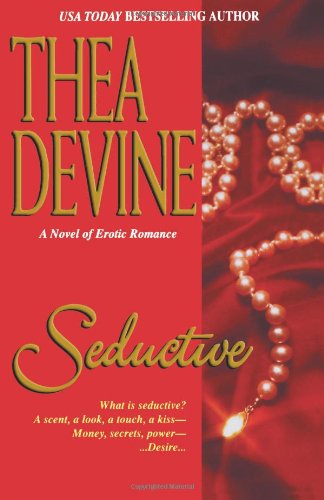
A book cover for Seductive; Thea Devine; Romance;